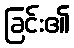
ခြင်း၏